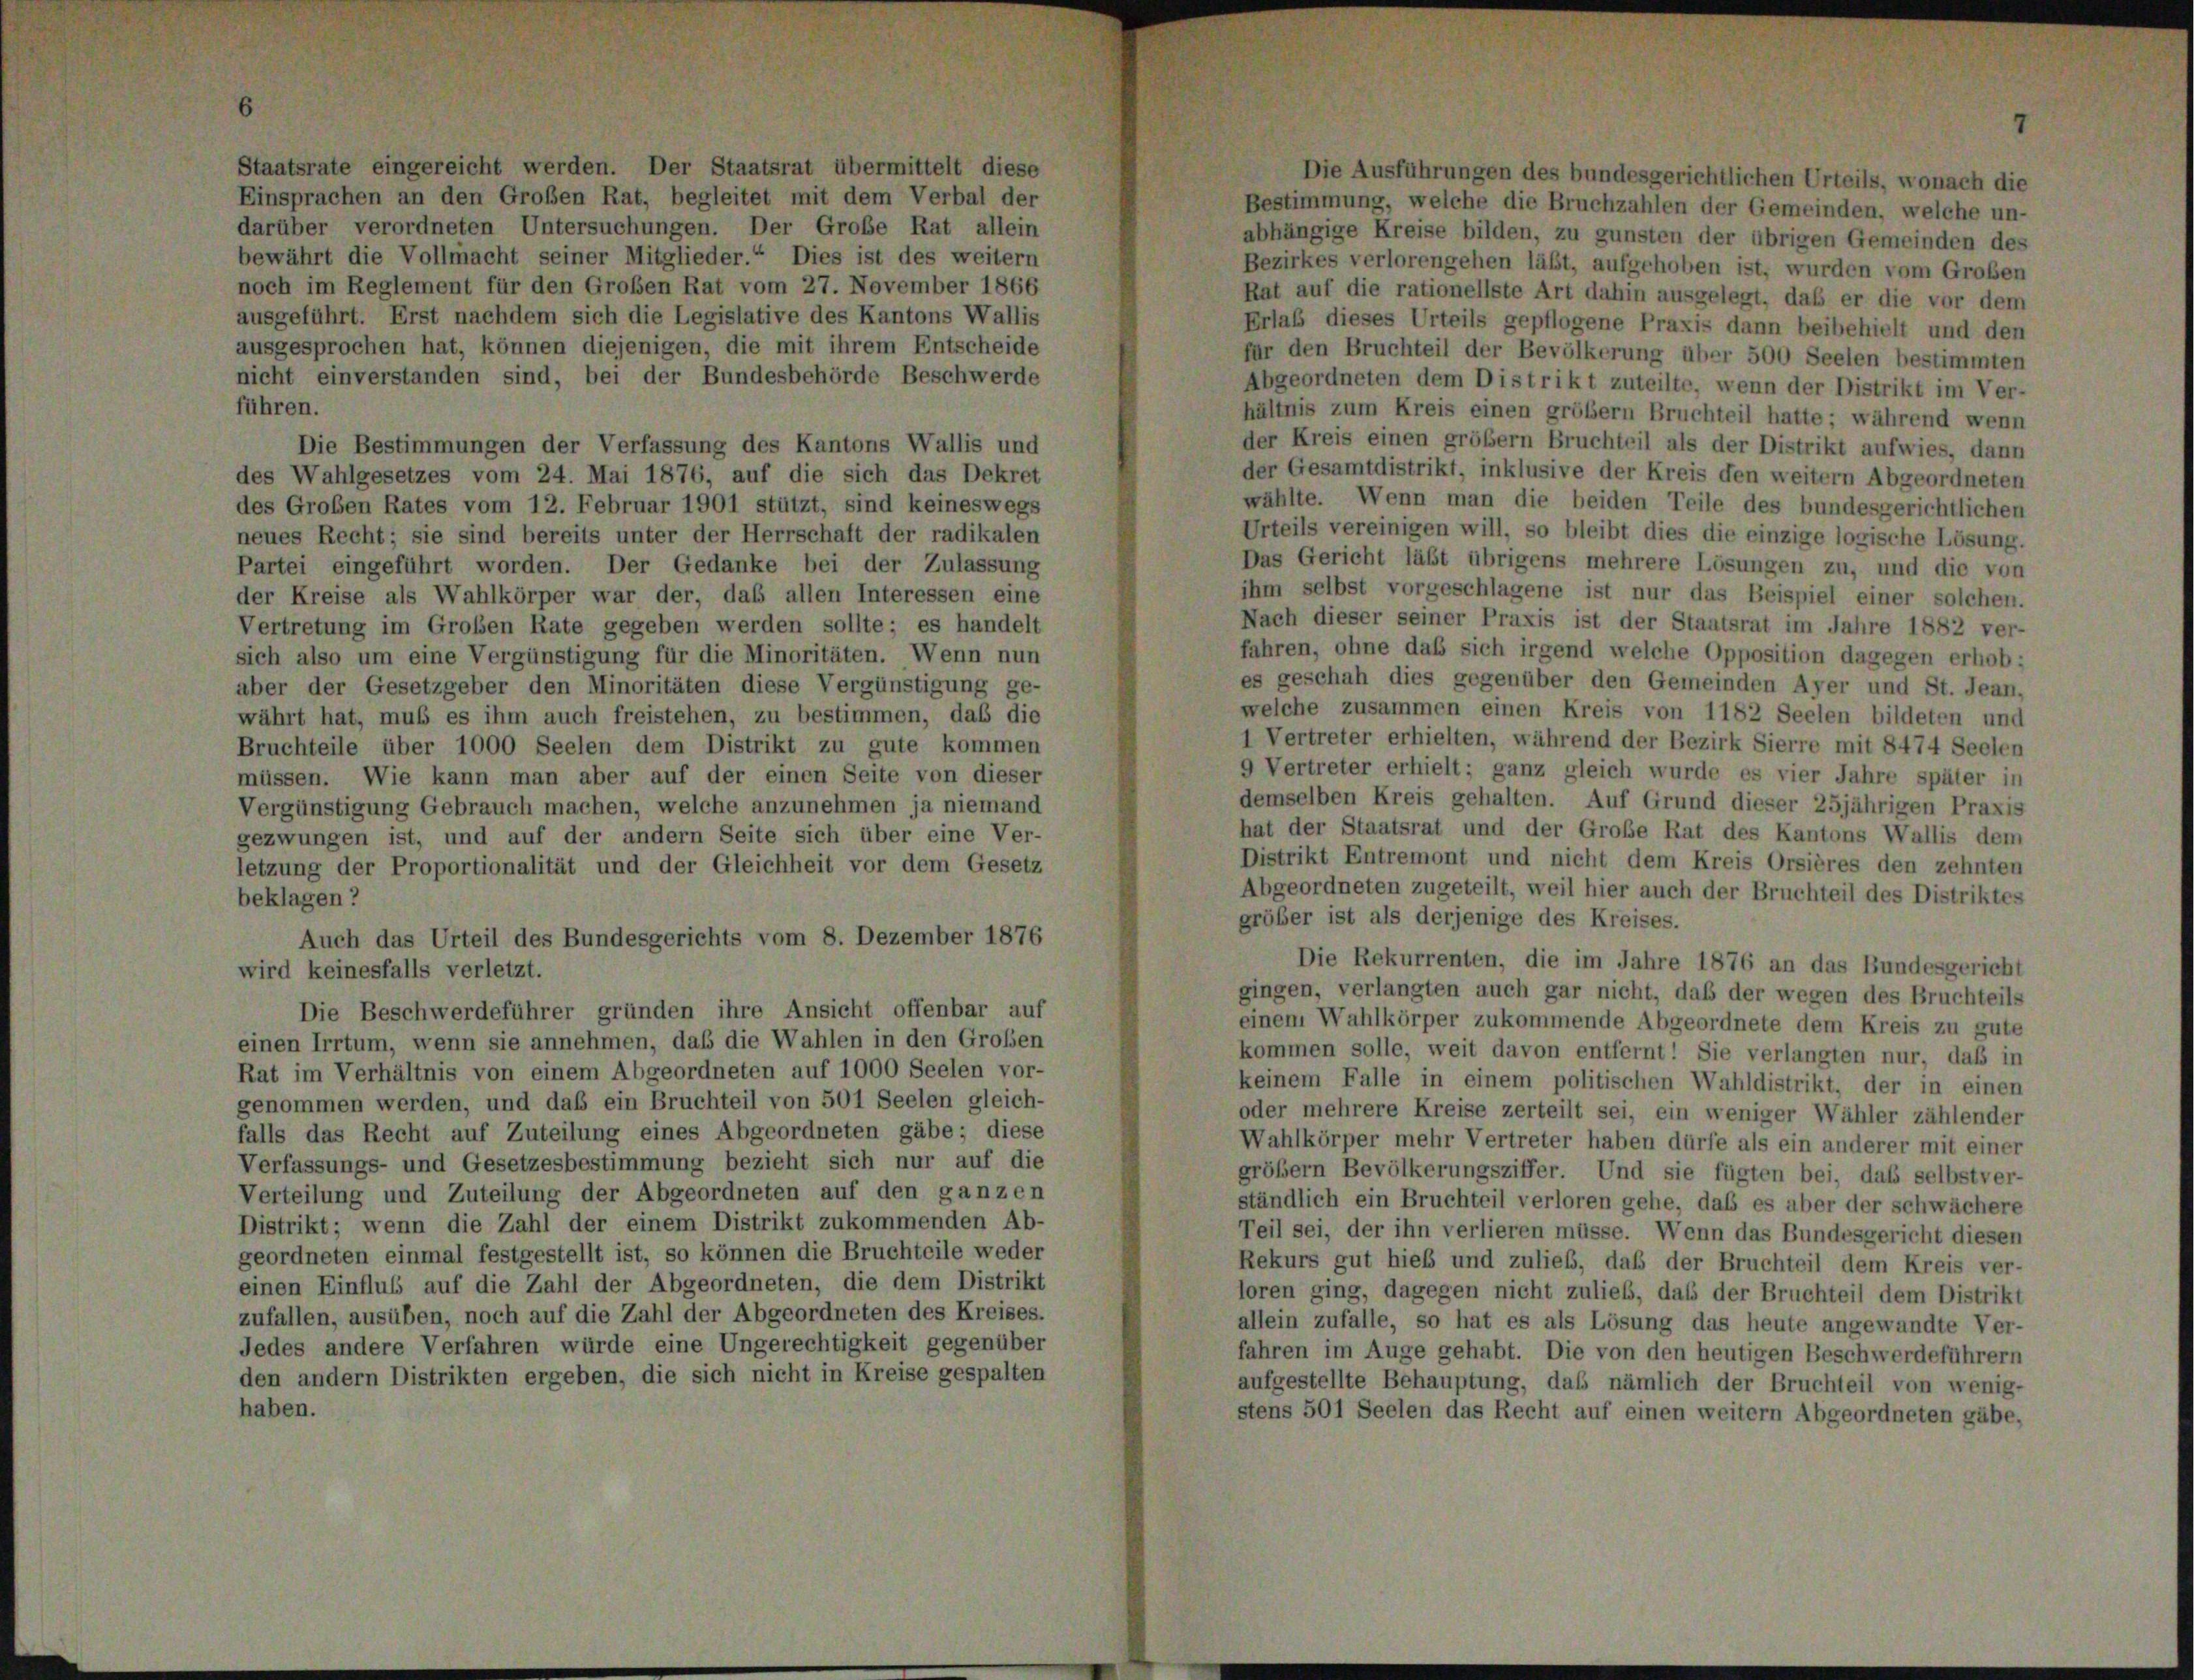
elt e

Nach dieser seiner Praxis ist der Staatsrat im Jahre 1882 ver-

Die Ausführungen des bundesgerichtlichen Urteils, wonach die
Einsprachen an den Großen Rat, begleitet mit dem Verbal der
Bestimmung, welche die Bruchzahlen der Gemeinden, welche un-
darüber verordneten Untersuchungen. Der Große Rat allein
abhängige Kreise bilden, zu gunsten der übrigen Gemeinden des
bewährt die Vollmacht seiner Mitglieder.“ Dies ist des weitern
Bezirkes verlorengehen läßt, aufgehoben ist, wurden vom Großen
noch im Reglement für den Großen Rat vom 27. November 1866
Rat auf die rationellste Art dahin ausgelegt, daß er die vor dem
ausgeführt. Erst nachdem sich die Legislative des Kantons Wallis
Erlaß dieses Urteils gepflogene Praxis dann beibehielt und den
ausgesprochen hat, können diejenigen, die mit ihrem Entscheide
für den Bruchteil der Bevölkerung über 500 Seelen bestimmten
nicht einverstanden sind, bei der Bundesbehörde Beschwerde
Abgeordneten dem Distrikt zuteilte, wenn der Distrikt im Ver-
führen.
hältnis zum Kreis einen größer Bruchteil hatte; während wenn
der Kreis einen größer Bruchteil als der Distrikt aufwies, dann
Die Bestimmungen der Verfassung des Kantons Wallis und
der Gesamtdistrikt, inklusive der Kreis den weitern Abgeordneten
des Wahlgesetzes vom 24. Mai 1876, auf die sich das Dekret
wählte. Wenn man die beiden Teile des bundesgerichtlichen
des Großen Rates vom 12. Februar 1901 stützt, sind keineswegs
Urteils vereinigen will, so bleibt dies die einzige logische Lösung
neues Recht; sie sind bereits unter der Herrschaft der radikalen
Das Gericht läßt übrigens mehrere Lösungen zu, und die von
Partei eingeführt worden. Der Gedanke bei der Zulassung
ihm selbst vorgeschlagene ist nur das Beispiel einer solchen.
der Kreise als Wahlkörper war der, daß allen Interessen eine
Vertretung im Großen Rate gegeben werden sollte; es handelt
fahren, ohne daß sich irgend welche Opposition dagegen erhob:
sich also um eine Vergünstigung für die Minoritäten. Wenn nun
es geschah dies gegenüber den Gemeinden Ayer und St. Jean,
aber der Gesetzgeber den Minoritäten diese Vergünstigung ge-
welche zusammen einen Kreis von 1182 Seelen bildeten und
währt hat, muß es ihm auch freistehen, zu bestimmen, daß die
1 Vertreter erhielten, während der Bezirk Sierre mit 8474 Seelen
Bruchteile über 1000 Seelen dem Distrikt zu gute kommen
9 Vertreter erhielt; ganz gleich wurde es vier Jahre später in
müssen. Wie kann man aber auf der einen Seite von dieser
demselben Kreis gehalten. Auf Grund dieser 25jährigen Praxis
Vergünstigung Gebrauch machen, welche anzunehmen ja niemand
hat der Staatsrat und der Große Rat des Kantons Wallis dem
gezwungen ist, und auf der andern Seite sich über eine Ver-
Distrikt Entremont und nicht dem Kreis Orsières den zehnten
letzung der Proportionalität und der Gleichheit vor dem Gesetz
Abgeordneten zugeteilt, weil hier auch der Bruchteil des Distriktes
beklagen?
größer ist als derjenige des Kreises.
Auch das Urteil des Bundesgerichts vom 8. Dezember 1876
Die Rekurrenten, die im Jahre 1876 an das Bundesgericht
wird keinesfalls verletzt.
gingen, verlangten auch gar nicht, daß der wegen des Bruchteils
Die Beschwerdeführer gründen ihre Ansicht offenbar auf
einem Wahlkörper zukommende Abgeordnete dem Kreis zu gute
einen Irrtum, wenn sie annehmen, daß die Wahlen in den Großen
kommen solle, weit davon entfernt! Sie verlangten nur, daß in
Rat im Verhältnis von einem Abgeordneten auf 1000 Seelen vor-
keinem Falle in einem politischen Wahldistrikt, der in einen
genommen werden, und daß ein Bruchteil von 501 Seelen gleich-
oder mehrere Kreise zerteilt sei, ein weniger Wähler zählender
falls das Recht auf Zuteilung eines Abgeordneten gäbe; diese
Wahlkörper mehr Vertreter haben dürfe als ein anderer mit einer
Verfassungs- und Gesetzesbestimmung bezieht sich nur auf die
größer Bevölkerungsziffer. Und sie fügten bei, daß selbstver-
Verteilung und Zuteilung der Abgeordneten auf den ganzen
ständlich ein Bruchteil verloren gehe, daß es aber der schwächere
Distrikt; wenn die Zahl der einem Distrikt zukommenden Ab-
Teil sei, der ihn verlieren müsse. Wenn das Bundesgericht diesen
geordneten einmal festgestellt ist, so können die Bruchteile weder
Rekurs gut hieb und zulief, daß der Bruchteil dem Kreis ver-
einen Einflub auf die Zahl der Abgeordneten, die dem Distrikt
loren ging, dagegen nicht zulieb, daß der Bruchteil dem Distrikt
zufallen, ausüben, noch auf die Zahl der Abgeordneten des Kreises.
allein zufalle, so hat es als Lösung das heute angewandte Ver-
Jedes andere Verfahren würde eine Ungerechtigkeit gegenüber
fahren im Auge gehabt. Die von den heutigen Beschwerdeführern
den andern Distrikten ergeben, die sich nicht in Kreise gespalten
aufgestellte Behauptung, daß nämlich der Bruchteil von wenig-
haben.
stens 501 Seelen das Recht auf einen weitern Abgeordneten gäbe,